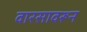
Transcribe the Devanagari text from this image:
वारसावरून